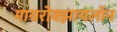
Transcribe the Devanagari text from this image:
मायरोक्झायलॉन